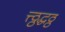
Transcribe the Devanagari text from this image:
त्त्ठ्ठद्धठ्ठ